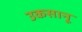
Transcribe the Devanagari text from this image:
उकसानू